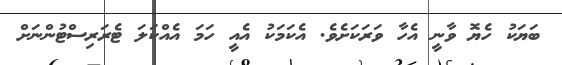
ބަޔަކު ހެޔޮ ވާނީ އެހާ ވަރަކަށެވެ. އެކަމަކު އެއީ ހަމަ އެއްކަލަ ޓެރަރިސްޓުންނަށް